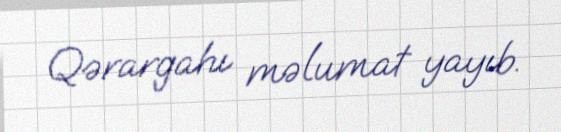
Qərargahı məlumat yayıb.